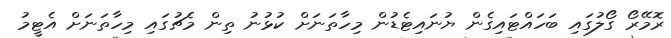
ރޮމޭރޯ ގޯލުގައި ބަހައްޓައިގެން ޔުނައިޓެޑުން މިހާތަނަށް ކުޅުނު ތިން މެޗުގައި މިހާތަނަށް އެޓީމު